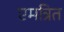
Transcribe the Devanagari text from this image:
एमत्रित